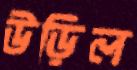
উড়িল